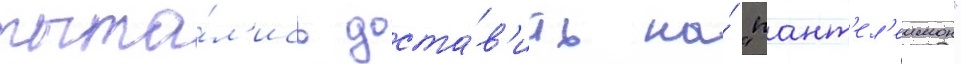
пыта́л'ись доста́в'ить на́ "пант'ел'еимон"